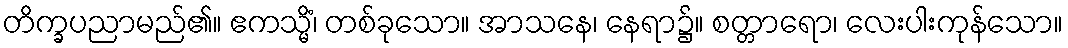
တိက္ခပညာမည်၏။ ဧကသ္မိံ၊ တစ်ခုသော။ အာသနေ၊ နေရာ၌။ စတ္တာရော၊ လေးပါးကုန်သော။